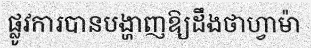
ផ្លូវការបានបង្ហាញឱ្យដឹងថាហ្វាម៉ា